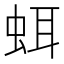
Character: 𧊗